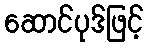
ဆောင်ပုဒ်ဖြင့်